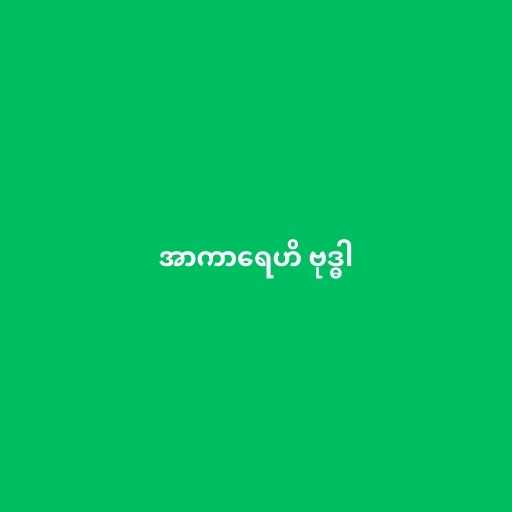
အာကာရေဟိ ဗုဒ္ဓါ